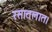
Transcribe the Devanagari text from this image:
रसातलात।